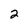
Character: 2